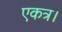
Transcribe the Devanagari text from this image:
एकत्र।